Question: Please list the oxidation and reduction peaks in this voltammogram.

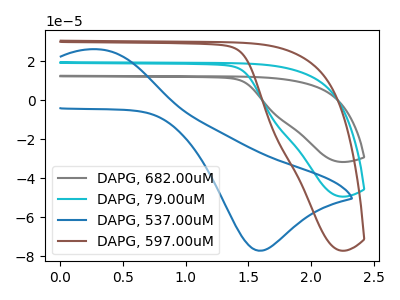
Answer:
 <answer>The gray curve "DAPG, 682.00uM" has no peaks. The cyan curve "DAPG, 79.00uM" has no peaks. The blue curve "DAPG, 537.00uM" has an anodic peak at (0.30V, 26.10uA) and a cathodic peak at (1.60V, -77.25uA). The brown curve "DAPG, 597.00uM" has no peaks.</answer>
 <eval></eval>